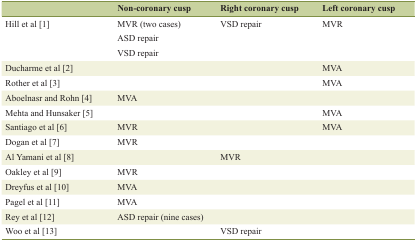
<table><thead><tr><td></td><td><b>Non-coronary cusp</b></td><td><b>Right coronary cusp</b></td><td><b>Left coronary cusp</b></td></tr></thead><tbody><tr><td rowspan="3">Hill et al [1]</td><td>MVR (two cases)</td><td>VSD repair</td><td>MVR</td></tr><tr><td>ASD repair</td><td></td><td></td></tr><tr><td>VSD repair</td><td></td><td></td></tr><tr><td>Ducharme et al [2]</td><td></td><td></td><td>MVA</td></tr><tr><td>Rother et al [3]</td><td></td><td></td><td>MVA</td></tr><tr><td>Aboelnasr and Rohn [4]</td><td>MVA</td><td></td><td></td></tr><tr><td>Mehta and Hunsaker [5]</td><td></td><td></td><td>MVA</td></tr><tr><td>Santiago et al [6]</td><td>MVR</td><td></td><td>MVA</td></tr><tr><td>Dogan et al [7]</td><td>MVR</td><td></td><td></td></tr><tr><td>Al Yamani et al [8]</td><td></td><td>MVR</td><td></td></tr><tr><td>Oakley et al [9]</td><td>MVR</td><td></td><td></td></tr><tr><td>Dreyfus et al [10]</td><td>MVA</td><td></td><td></td></tr><tr><td>Pagel et al [11]</td><td>MVA</td><td></td><td></td></tr><tr><td>Rey et al [12]</td><td>ASD repair (nine cases)</td><td></td><td></td></tr><tr><td>Woo et al [13]</td><td></td><td>VSD repair</td><td></td></tr></tbody></table>